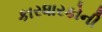
કારધારકોની